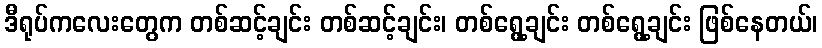
ဒီရုပ်ကလေးတွေက တစ်ဆင့်ချင်း တစ်ဆင့်ချင်း၊ တစ်ရွေ့ချင်း တစ်ရွေ့ချင်း ဖြစ်နေတယ်၊